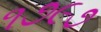
૧૭૯૭